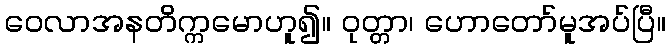
ဝေလာအနတိက္ကမောဟူ၍။ ဝုတ္တာ၊ ဟောတော်မူအပ်ပြီ။